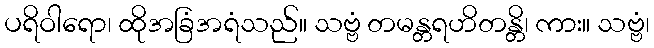
ပရိဝါရော၊ ထိုအခြံအရံသည်။ သဗ္ဗံ တမန္တရဟိတန္တိ၊ ကား။ သဗ္ဗံ၊